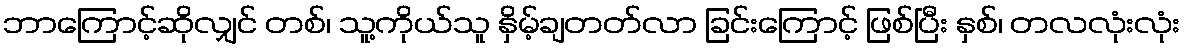
ဘာကြောင့်ဆိုလျှင် တစ်၊ သူ့ကိုယ်သူ နှိမ့်ချတတ်လာ ခြင်းကြောင့် ဖြစ်ပြီး နှစ်၊ တလလုံးလုံး